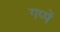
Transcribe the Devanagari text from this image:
गप्पें